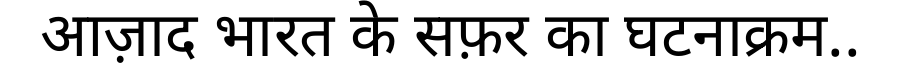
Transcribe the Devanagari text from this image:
आज़ाद भारत के सफ़र का घटनाक्रम..